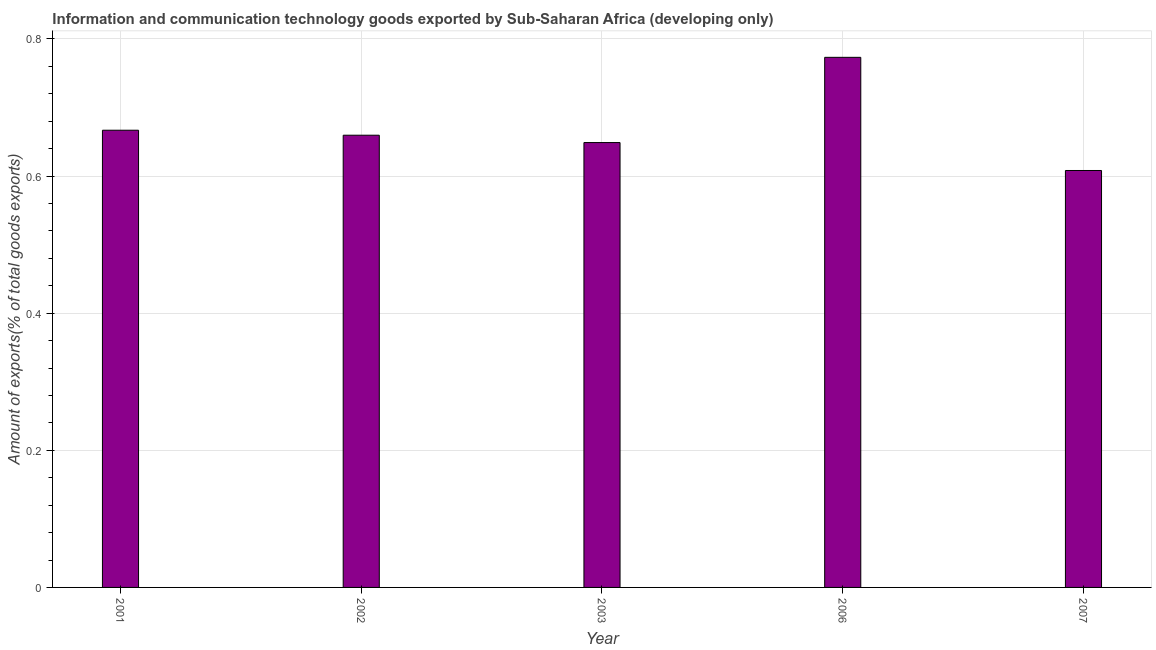
| Year | ICT goods exports |
 | --- | --- |
 | 2001 | 0.667 |
 | 2002 | 0.66 |
 | 2003 | 0.649 |
 | 2006 | 0.773 |
 | 2007 | 0.608 |